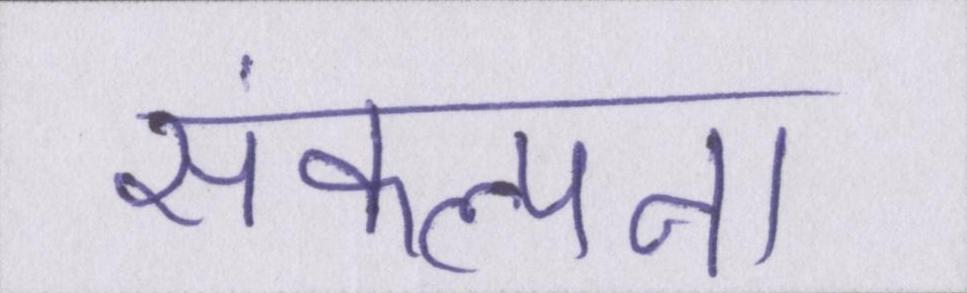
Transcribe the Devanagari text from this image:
संकल्पना